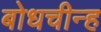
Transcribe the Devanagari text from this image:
बोधचीन्ह